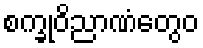
စက္ခုဝိညာဏံတွေဝ